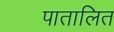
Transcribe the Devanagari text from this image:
पातालित